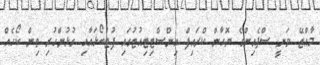
މާއްޓޭ ވަނީ ސްޕެއިންގެ ޔޮހާން ކްރައިފް އިންސްޓިޓިއުޓުގައި ފުޓުބޯޅައާއި ގުޅުންހުރި ތިން ކޯހެއް